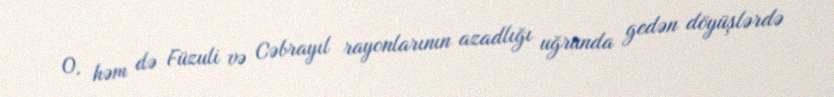
O, həm də Füzuli və Cəbrayıl rayonlarının azadlığı uğrunda gedən döyüşlərdə